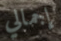
إجمالي